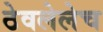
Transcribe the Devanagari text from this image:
ठेवलेलेच